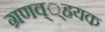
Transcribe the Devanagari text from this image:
ग्रणव््ह्रयक